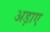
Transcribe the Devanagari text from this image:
अड़ाए